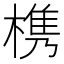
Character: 槜